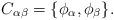
LaTeX: \begin{align*}C_{\alpha \beta}=\{\phi_\alpha,\phi_\beta \}.\end{align*}